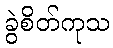
ခွဲစိတ်ကုသ